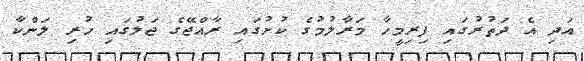
އަދި އެ ދަތުރުގައި ފިރިމީހާ މަރާލުމުގެ ކުށުގައި ރާއްޖޭގެ ޖަލުގައި ހުރި ލަންކާ